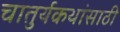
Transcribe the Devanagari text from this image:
चातुर्यकथांसाठी